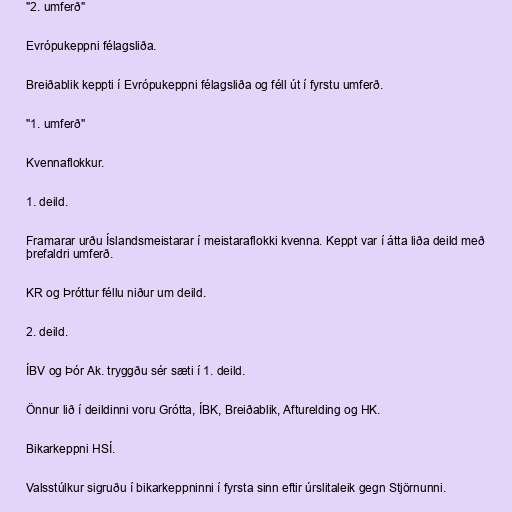
"2. umferð"

Evrópukeppni félagsliða.

Breiðablik keppti í Evrópukeppni félagsliða og féll út í fyrstu umferð.

"1. umferð"

Kvennaflokkur.

1. deild.

Framarar urðu Íslandsmeistarar í meistaraflokki kvenna. Keppt var í átta liða deild með
þrefaldri umferð.

KR og Þróttur féllu niður um deild.

2. deild.

ÍBV og Þór Ak. tryggðu sér sæti í 1. deild.

Önnur lið í deildinni voru Grótta, ÍBK, Breiðablik, Afturelding og HK.

Bikarkeppni HSÍ.

Valsstúlkur sigruðu í bikarkeppninni í fyrsta sinn eftir úrslitaleik gegn Stjörnunni.